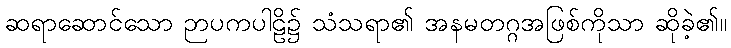
ဆရာဆောင်သော ဉာပကပါဠိ၌ သံသရာ၏ အနမတဂ္ဂအဖြစ်ကိုသာ ဆိုခဲ့၏။